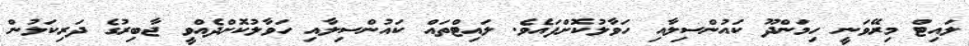
ލައިޓް މިރޭވަނީ ހިމަންދޫ ކައުންސިލާއި ހަވާލުކޮށްފައެވެ. ލައިޓްތައް ކައުންސިލާއި ހަވާލުކޮށްދެއްވީ ޖާބިރުގެ ދަރިކަލުން